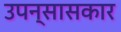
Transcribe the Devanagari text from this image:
उपन्सासकार